Vaccination in Bombay 1869-1873 - 1869-1873
Year: 1869
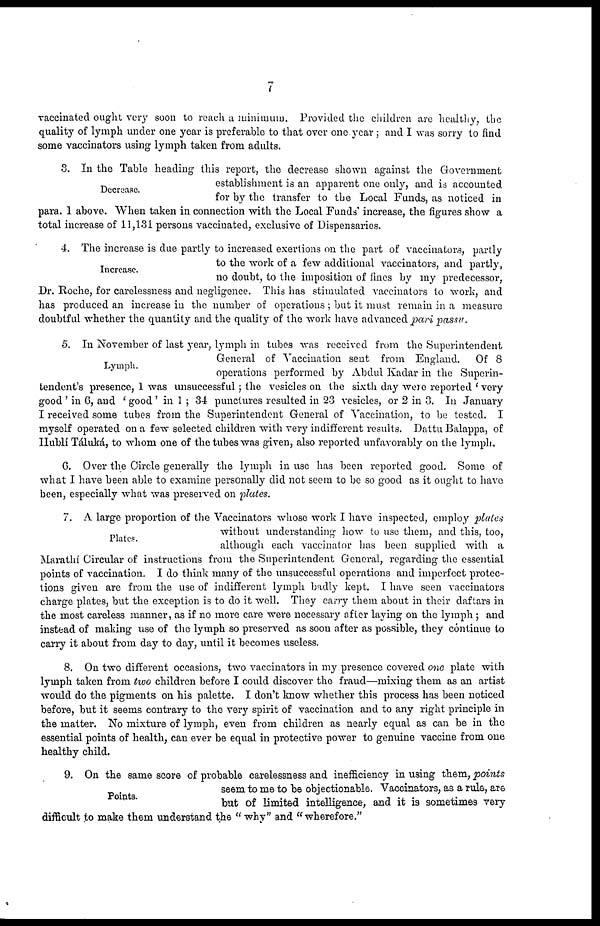
7
vaccinated ought very soon to reach a minimum. Provided the children are healthy, the
quality of lymph under one year is preferable to that over one year ; and I was sorry to find
some vaccinators using lymph taken from adults.
Decrease.
3. In the Table heading this report, the decrease shown against the Government
establishment is an apparent one only, and is accounted
for by the transfer to the Local Funds, as noticed in
para. 1 above. When taken in connection with the Local Funds' increase, the figures show a
total increase of 11,131 persons vaccinated, exclusive of Dispensaries.
Increase.
4. The increase is due partly to increased exertions on the part of vaccinators, partly
to the work of a few additional vaccinators, and partly,
no doubt, to the imposition of fines by my predecessor,
Dr. Roche, for carelessness and negligence. This has stimulated vaccinators to work, and
has produced an increase in the number of operations ; but it must remain in a measure
doubtful whether the quantity and the quality of the work have advanced pari passu.
Lymph.
5. In November of last year, lymph in tubes was received from the Superintendent
General of Vaccination sent from England.
Of 8
operations performed by Abdul Kadar in the Superin-
tendent's presence, 1 was unsuccessful ; the vesicles on the sixth day were reported 'very
good' in 6, and 'good' in 1 ; 34 punctures resulted in 23 vesicles, or 2 in 3. In January
I received some tubes from the Superintendent General of Vaccination, to be tested. I
myself operated on a few selected children with very indifferent results. Dattu Balappa, of
Hubli Táluká, to whom one of the tubes was given, also reported unfavorably on the lymph.
6. Over the Circle generally the lymph in use has been reported good. Some of
what I have been able to examine personally did not seem to be so good as it ought to have
been, especially what was preserved on plates.
Plates.
7. A large proportion of the Vaccinators whose work I have inspected, employ plates
without understanding how to use them, and this, too,
although each vaccinator has been supplied with a
Marathí Circular of instructions from the Superintendent General, regarding the essential
points of vaccination. I do think many of the unsuccessful operations and imperfect protec-
tions given are from the use of indifferent lymph badly kept. I have seen vaccinators
charge plates, but the exception is to do it well. They carry them about in their daftars in
the most careless manner, as if no more care were necessary after laying on the lymph ; and
instead of making use of the lymph so preserved as soon after as possible, they continue to
carry it about from day to day, until it becomes useless.
8. On two different occasions, two vaccinators in my presence covered one plate with
lymph taken from two children before I could discover the fraud—mixing them as an artist
would do the pigments on his palette. I don't know whether this process has been noticed
before, but it seems contrary to the very spirit of vaccination and to any right principle in
the matter. No mixture of lymph, even from children as nearly equal as can be in the
essential points of health, can ever be equal in protective power to genuine vaccine from one
healthy child.
Points.
9. On the same score of probable carelessness and inefficiency in using them, points
seem to me to be objectionable. Vaccinators, as a rule, are
but of limited intelligence, and it is sometimes very
difficult to make them understand the "why" and "wherefore."